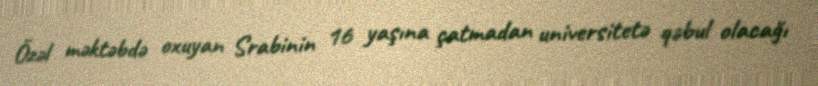
Özəl məktəbdə oxuyan Srabinin 16 yaşına çatmadan universitetə qəbul olacağı